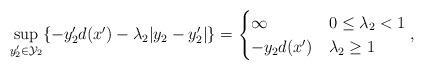
LaTeX: \begin{align*}\sup_{y_2' \in \mathcal{Y}_2} \{ - y_2' d(x') - \lambda_2 |y_2 - y_2'| \}=\begin{cases}\infty & 0 \le \lambda_2 < 1 \\- y_2 d(x') & \lambda_2 \ge 1\end{cases},\end{align*}